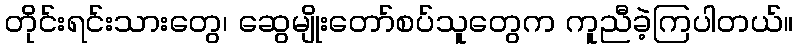
တိုင်းရင်းသားတွေ၊ ဆွေမျိုးတော်စပ်သူတွေက ကူညီခဲ့ကြပါတယ်။